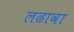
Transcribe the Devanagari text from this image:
लढावा